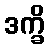
ဒက္ခိ